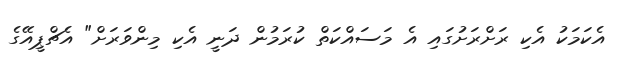
އެކަމަކު އެކި ރަށްރަށުގައި އެ މަސައްކަތް ކުރަމުން ދަނީ އެކި މިންވަރަށް" އެޗްޕީއޭގެ